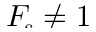
\smash { \ensuremath { F _ { \! s } } \neq 1 }